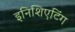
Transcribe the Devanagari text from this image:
इनिशिएटिंग